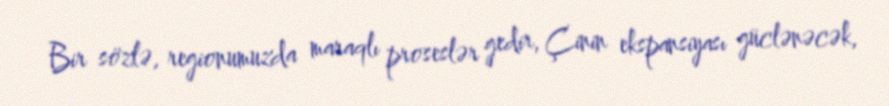
Bir sözlə, regionumuzda maraqlı proseslər gedir, Çinin ekspansiyası güclənəcək,